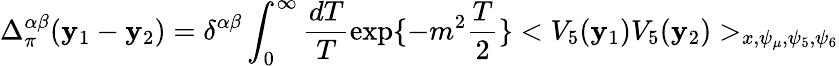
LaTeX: \Delta_{\pi}^{\alpha\beta}(\mathbf{y}_{1}-\mathbf{y}_{2})=\delta^{\alpha\beta}\int_{0}^{\infty}\frac{{dT}}{{T}}\exp\{ -m^{2}\frac{{T}}{{2}}\} <V_{5}(\mathbf{y}_{1})V_{5}(\mathbf{y}_{2})>_{x,\psi_{\mu},\psi_{5},\psi_{6}}